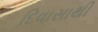
દિવાસાથી